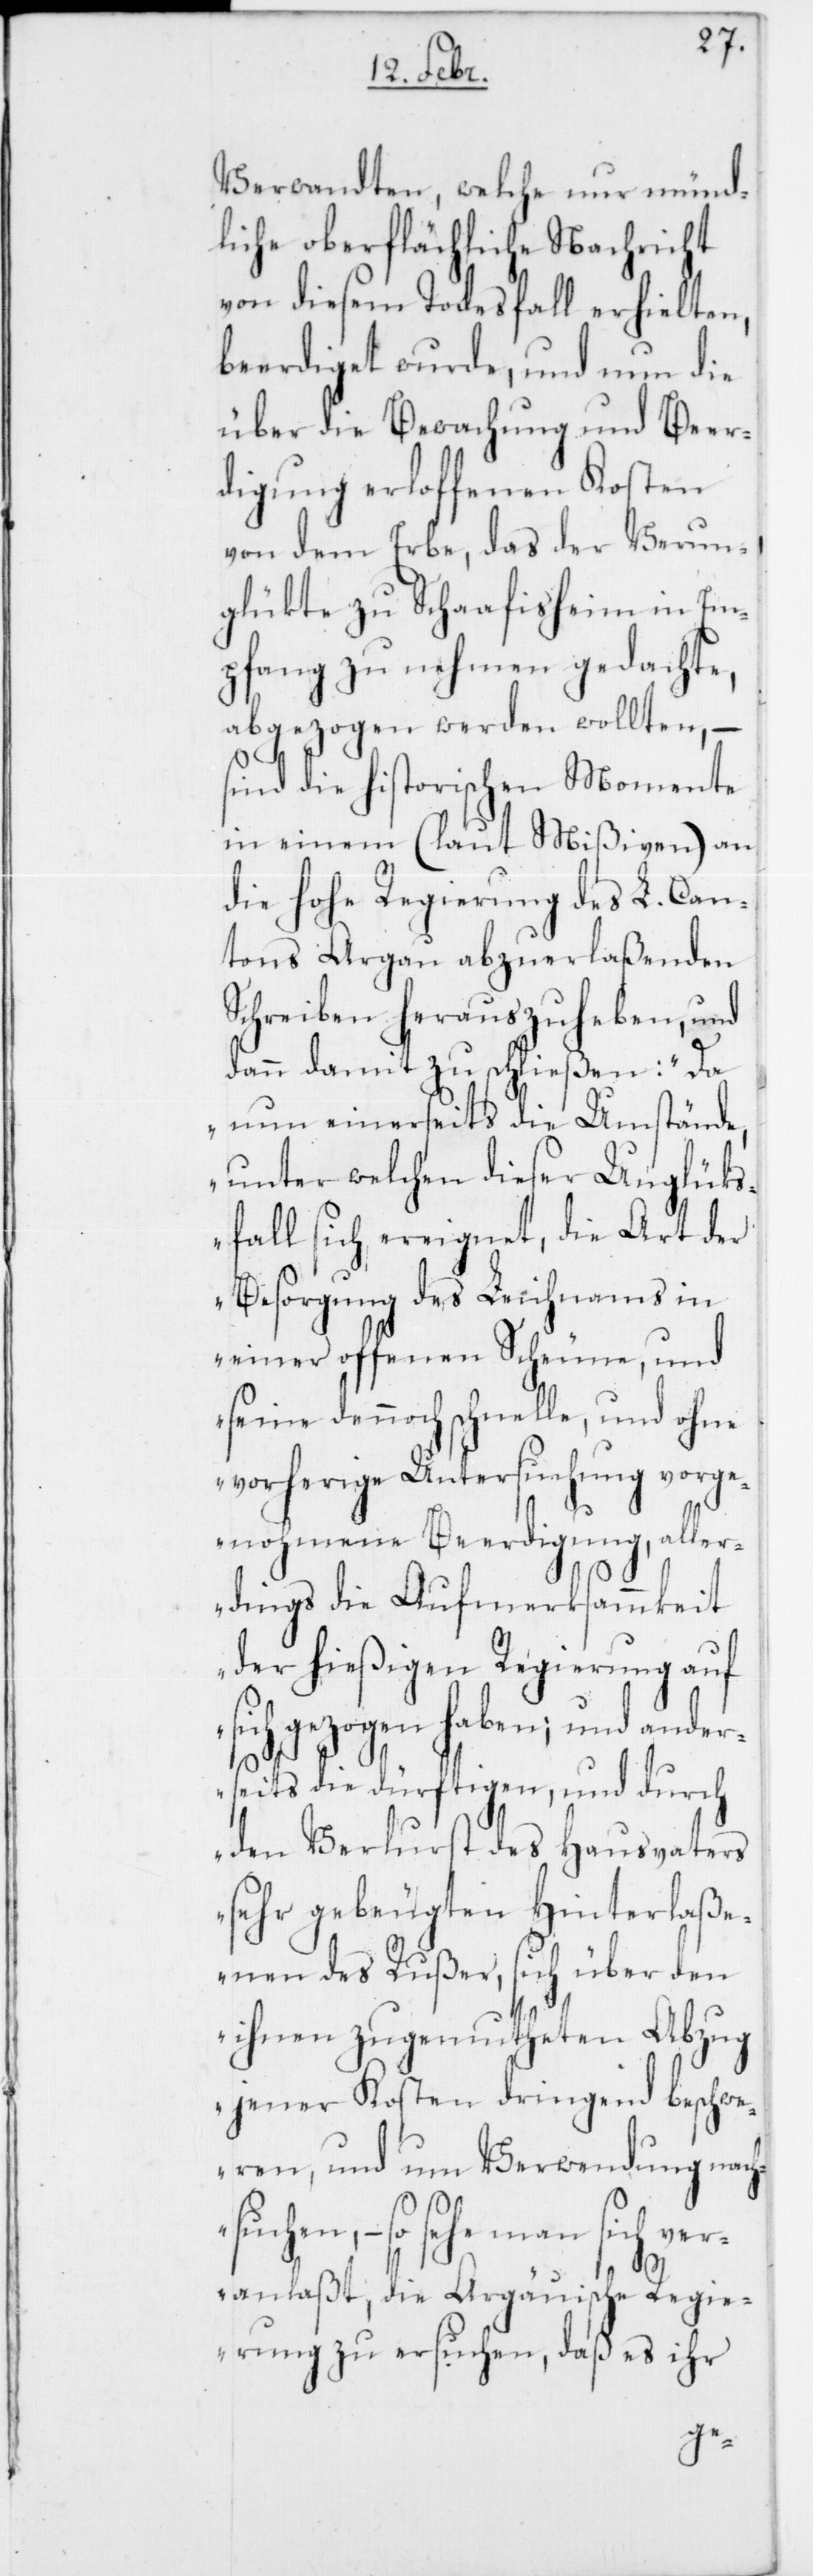
Verwandten, welche nur münd¬
liche oberflächliche Nachricht
von diesem Todesfall erhielten,
beerdiget wurde, und nun die
über die Bewachung und Beer¬
digung erloffenen Kosten
von dem Erbe, das der Verun¬
glükte zu Schafisheim in Em¬
pfang zu nehmen gedachte,
abgezogen werden wollten, –
si¬
nd die historischen Momente
in einem (laut Mißiven) an
die hohe Regierung des L. Can¬
tons Argau abzuerlaßenden
Schreiben herauszuheben, und
dann damit zu schließen: „Da
nun einerseits die Umstände,
unter welchen dieser Unglüks¬
fall sich ereignet, die Art der
Besorgung des Leichnams in
einer offenen Scheune, und
seine dennoch schnelle, und ohne
vorherige Untersuchung vorge¬
nohmene Beerdigung, aller¬
dings die Aufmerksammkeit
der hießigen Regierung auf
sich gezogen haben; und ander¬
seits die dürftigen, und durch
den Verlust des Hausvaters
sehr gebeugten Hinterlaße¬
nen des Rußer, sich über den
ihnen zugemutheten Abzug
jener Kosten dringend beschwe¬
ren, und um Verwendung nach¬
suchen, – so sehe man sich ver¬
anlaßt, die Argäuische Regie¬
rung zu ersuchen, daß es ihr